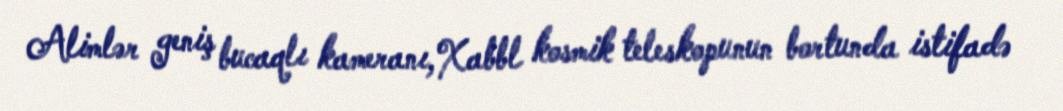
Alimlər geniş bucaqlı kameranı,Xabbl kosmik teleskopunun bortunda istifadə